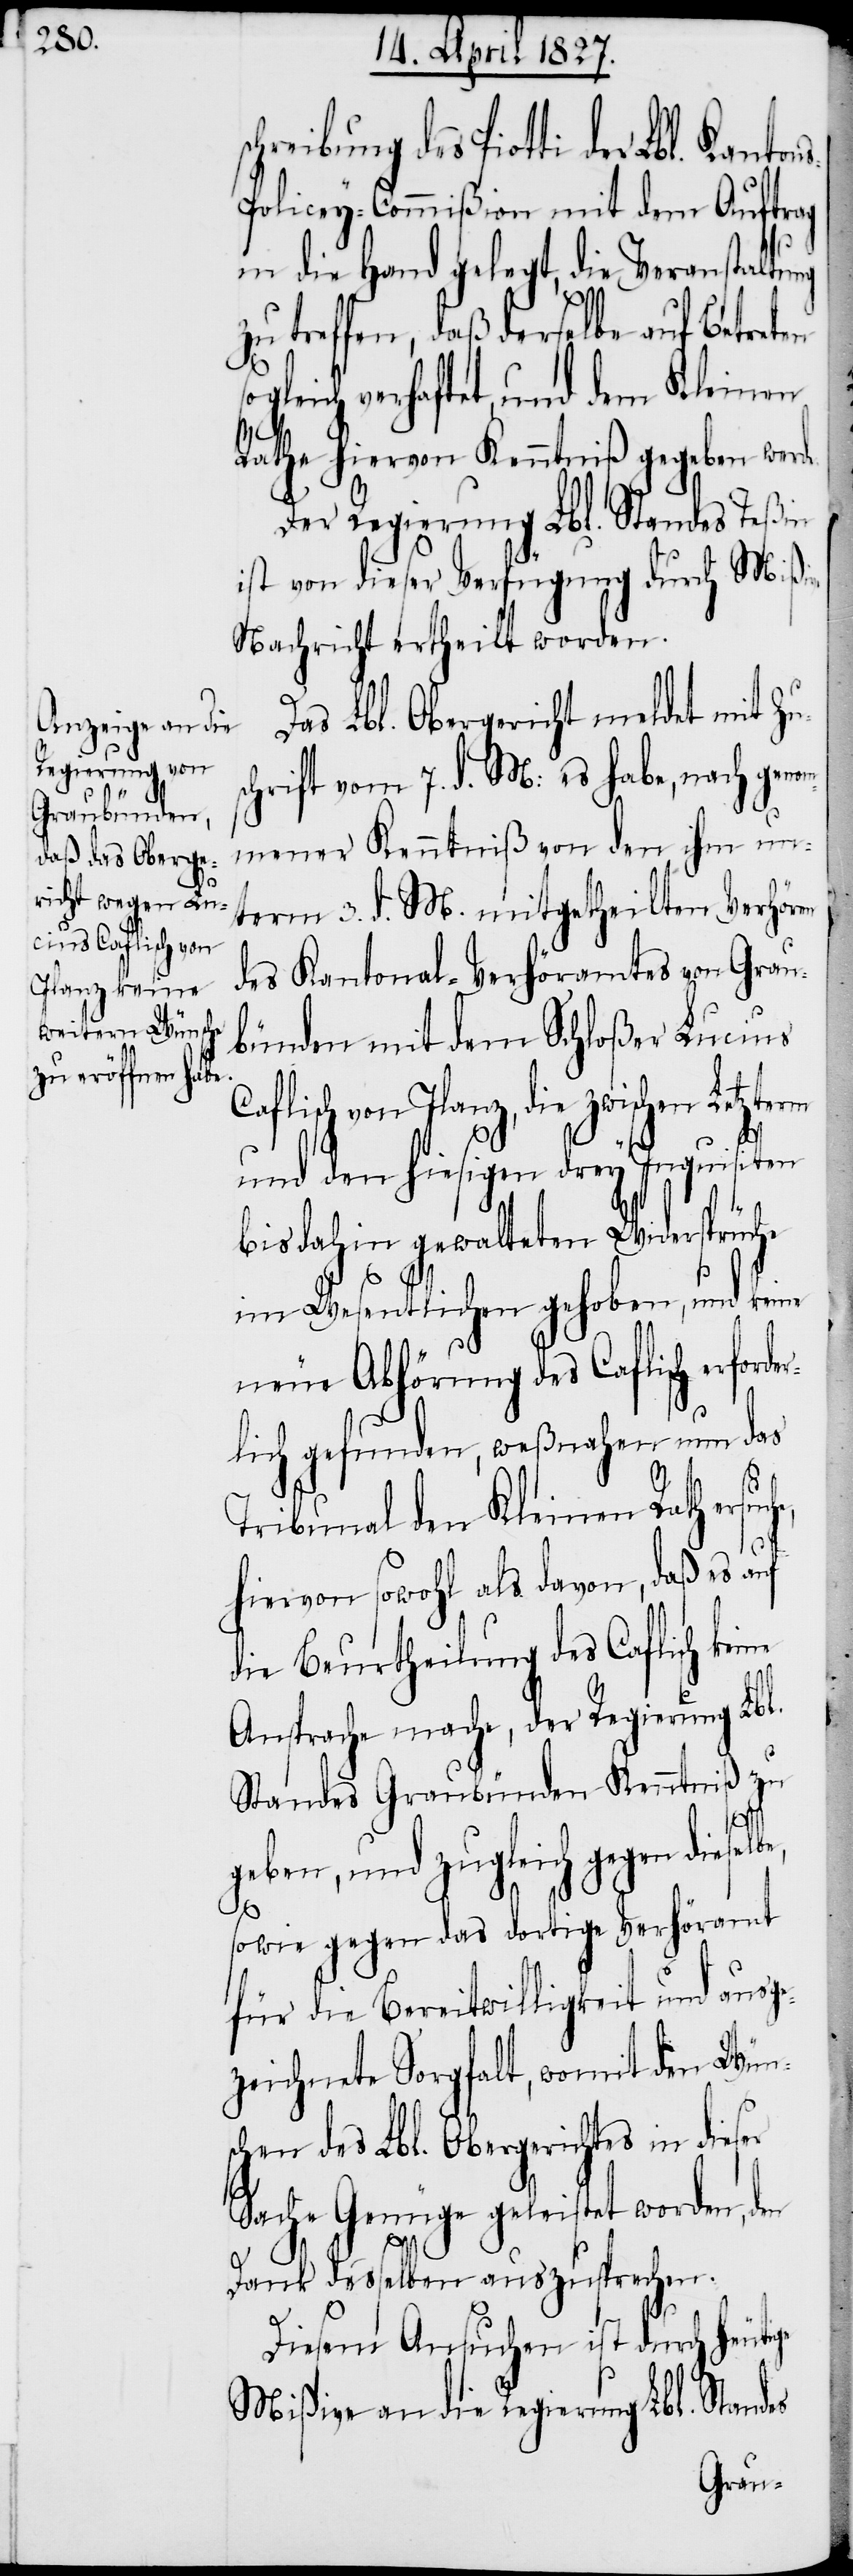
ige

s-Policey-Commißion mit dem Auftrag
in die Hand gelegt, die Veranstaltung
zu treffen, daß derselbe auf Betreten
ogleich verhaftet, und dem Kleinen
Rathe hiervon Kenntniß gegeben werd¬
Der Regierung Lbl. Standes Teßin
ist von dieser Verfügung durch Mißi¬
Nachricht ertheilt worden.
Das Lbl. Obergericht meldet mit Zu¬
chrift vom 7. d. M.: es habe, nach geno¬
mmener Kenntniß von dem ihm un¬
term 3. d. M. mitgetheilten Verhören
des Kantonal-Verhöramtes von Grau¬
bünden mit dem Schloßer Lucius
Caflisch von Ilanz, die zwischen Letzte¬
und den hiesigen drey Inquisiten
bis dahin gewalteten Widersprüche
im Wesentlichen gehoben, und keine
neue Abhörung des Caflisch erford¬
lich gefunden, weßnahen nun das
rm
Tribunal den Kleinen Rath ers¬
hiervon sowohl als davon, daß es auf
die Beurtheilung des Caflisch ke¬
Ansprache mache, der Regierung Lbl.
Standes Graubünden Kenntniß zu
ben, und zugleich gegen
sowie gegen das dortige Verhöramt
für die Bereitwilligkeit und ausge¬
zeichnete Sorgfalt, womit den Wün¬
schen des Lbl. Obergerichtes in dieser
Sache Genüge geleistet worden, den
Dank desselben auszusprechen.
Diesem Ansuchen ist durch heut¬
Mißive an die Regierung Lbl. Standes